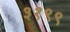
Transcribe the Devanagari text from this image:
३१९९